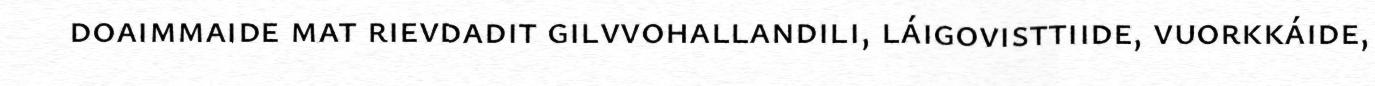
doaimmaide mat rievdadit gilvvohallandili, láigovisttiide, vuorkkáide,